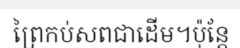
ព្រៃកប់សពជាដើម។ប៉ុន្តែ